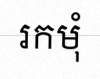
រកមុំ